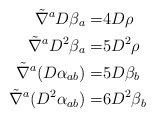
\begin{align*} \tilde \nabla^a D \beta_a = & 4 D \rho\\ \tilde \nabla^a D^2 \beta_a = & 5 D^2 \rho\\\tilde\nabla^a(D\alpha_{ab})= & 5D\beta_b\\\tilde\nabla^a(D^2\alpha_{ab})=& 6 D^2\beta_b\end{align*}